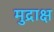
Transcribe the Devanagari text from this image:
मुद्राक्ष